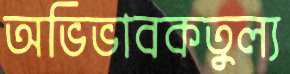
অভিভাবকতুল্য